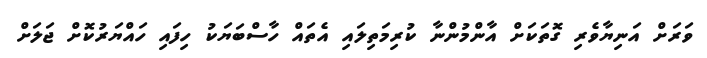
ވަރަށް އަނިޔާވެރި ގޮތަކަށް އާންމުންނާ ކުރިމަތިލައި އެތައް ހާސްބަޔަކު ހިފައި ހައްޔަރުކޮށް ޖަލަށް